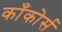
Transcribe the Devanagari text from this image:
काँकोर्स